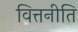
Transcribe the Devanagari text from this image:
वित्तनीति